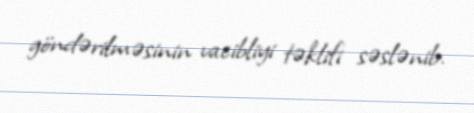
göndərilməsinin vacibliyi təklifi səslənib.